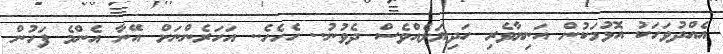
އެއްދުވަހަކު އޮޅުމަކުން އަނިޔާވެރި ހަދިޔަލެއްވެސް ދެވުނު.. ހެހެހެ.. އަހަރެންނަށް އޭނާ އެންމެ ފަހުން